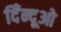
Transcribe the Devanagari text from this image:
दिँन्दूओ